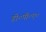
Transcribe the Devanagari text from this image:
डी०पी०ए०